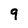
Character: 9